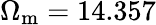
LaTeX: \Omega_{\mathrm{m}}=14.357